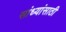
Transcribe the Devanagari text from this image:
सांध्यांसाठी